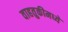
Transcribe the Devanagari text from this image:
वाहतुकीमध्ये